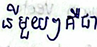
នីមួយៗគឺជា